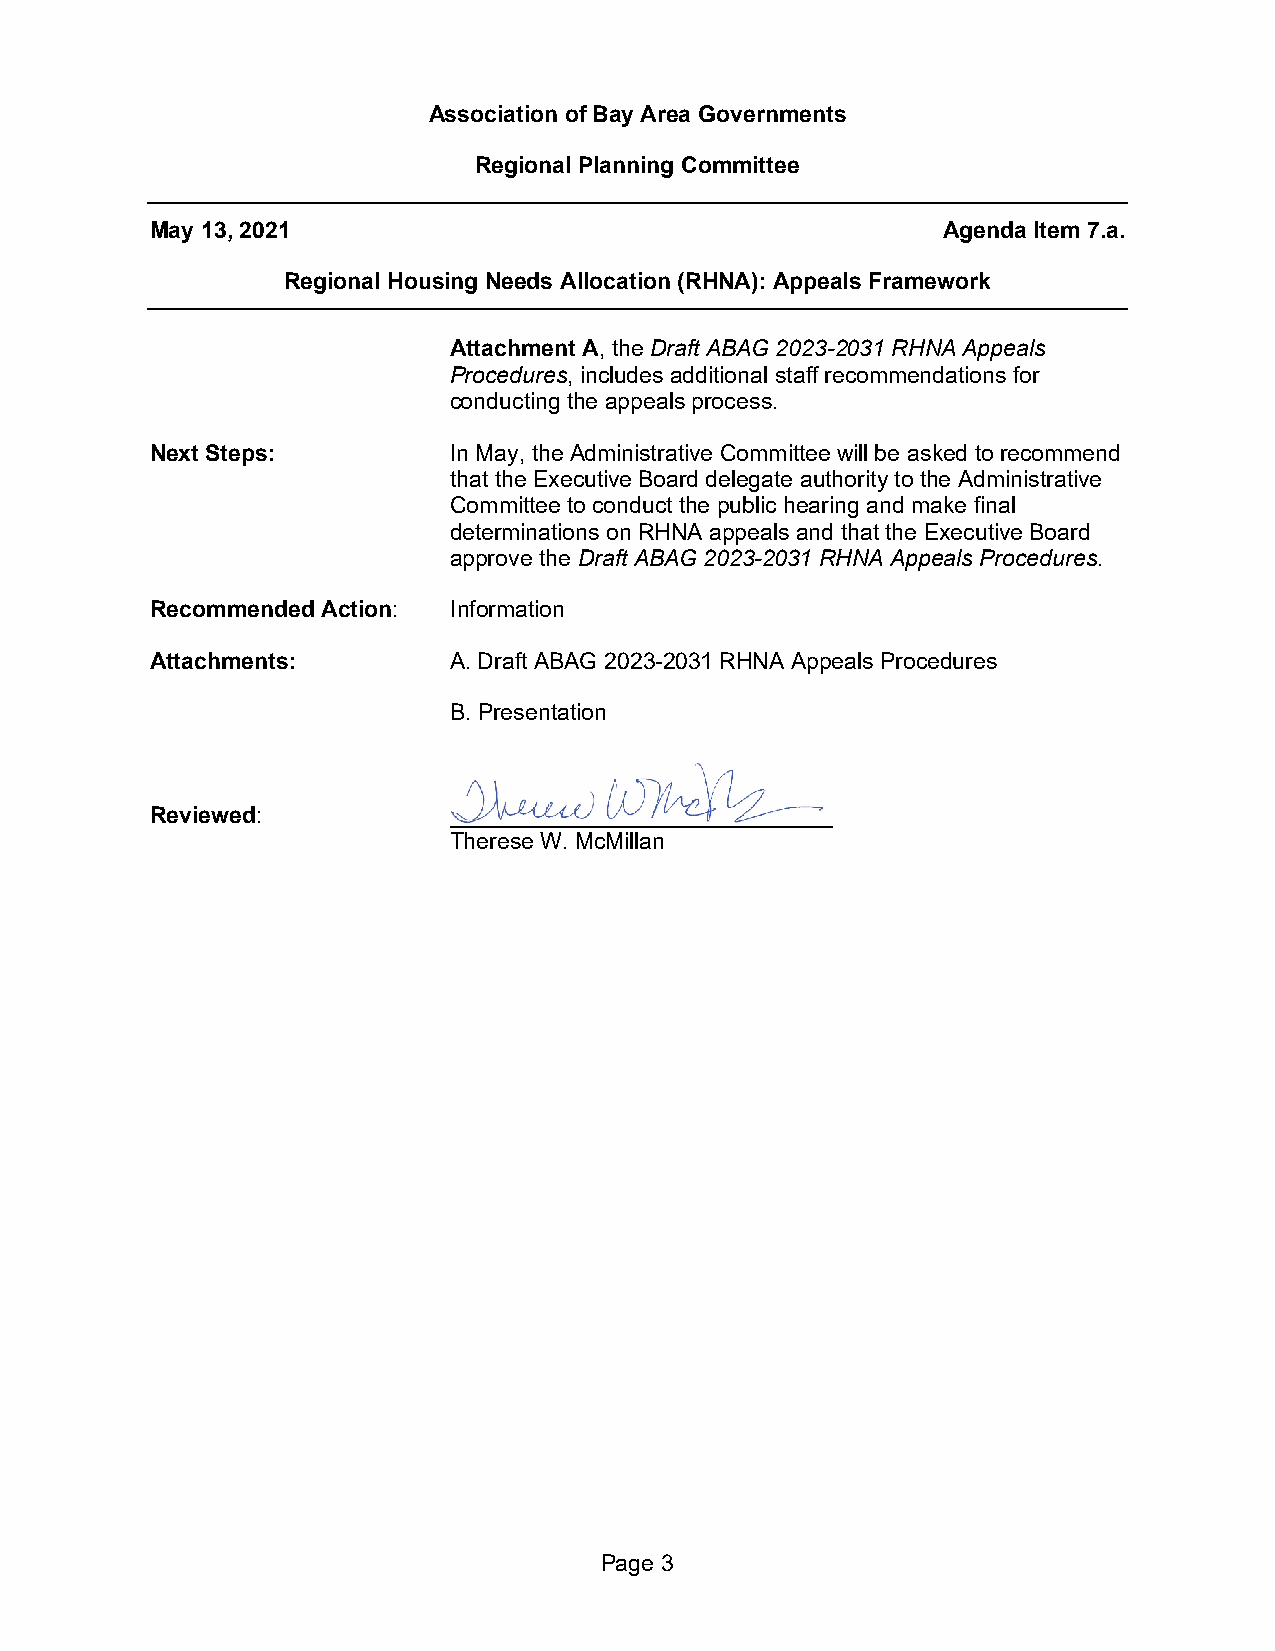
Association of Bay Area Governments
 Regional Planning Committee
 May 13, 2021                                        Agenda Item 7.a.
 Regional Housing Needs Allocation (RHNA): Appeals Framework
 Attachment A, the Draft ABAG 2023-2031 RHNA Appeals
 Procedures, includes additional staff recommendations for
 conducting the appeals process.
 Next Steps:         In May, the Administrative Committee will be asked to recommend
 that the Executive Board delegate authority to the Administrative
 Committee to conduct the public hearing and make final
 determinations on RHNA appeals and that the Executive Board
 approve the Draft ABAG 2023-2031 RHNA Appeals Procedures.
 Recommended Action: Information
 Attachments:        A. Draft ABAG 2023-2031 RHNA Appeals Procedures
 B. Presentation
 Reviewed:           ______________________________
 Therese W. McMillan
 Page 3